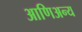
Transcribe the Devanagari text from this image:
आणिअन्य